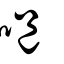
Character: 唈